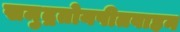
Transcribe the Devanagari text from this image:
समुद्रतोयपीतवाहन